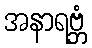
အနာရဗ္ဘံ